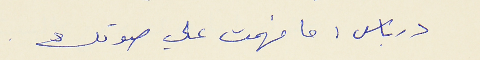
درباس : ما فهمت علي صوتك